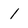
Character: 1